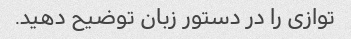
توازی را در دستور زبان توضیح دهید.